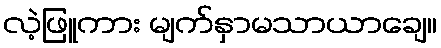
လဲ့ဖြူကား မျက်နှာမသာယာချေ။